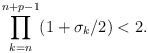
\begin{align*}\prod_{k=n}^{n+p-1} (1+\sigma_k/2)<2.\end{align*}